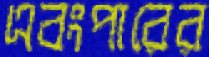
এবংপারের